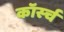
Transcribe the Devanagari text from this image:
कॉर्स्च